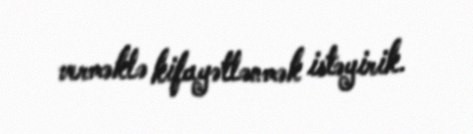
verməklə kifayətlənmək istəyirik.